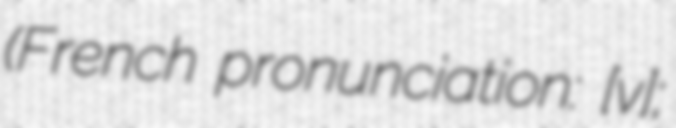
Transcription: (French pronunciation: ​[vɛʁ];